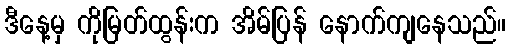
ဒီနေ့မှ ကိုမြတ်ထွန်းက အိမ်ပြန် နောက်ကျနေသည်။